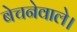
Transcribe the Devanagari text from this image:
बेचनेवाले।